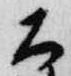
大